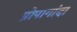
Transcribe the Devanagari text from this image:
प्रोपागांदा